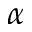
\alpha